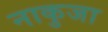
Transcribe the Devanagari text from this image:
नाकुजा